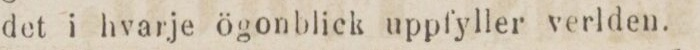
det i hvarje ögonblick uppfyller verlden.